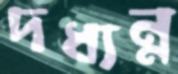
দধ্যন্ন